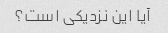
آیا این نزدیکی است؟